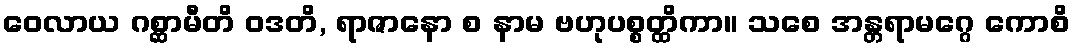
ဝေလာယ ဂစ္ဆာမီတိ ဝဒတိ, ရာဇာနော စ နာမ ဗဟုပစ္စတ္ထိကာ။ သစေ အန္တရာမဂ္ဂေ ကောစိ